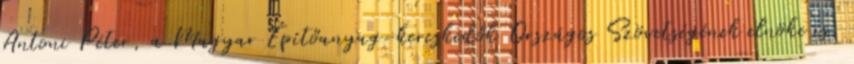
Antoni Péter, a Magyar Építőanyag-kereskedők Országos Szövetségének elnöke is.